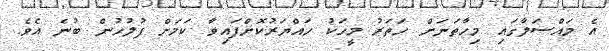
އެ މައްސަލާގައި މިހާތަނަށް ހަތަރު މީހަކު ހައްޔަރުކޮށްފައިވާ ކަމަށް ފުލުހުން ބުނެ އެވެ.